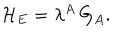
{ \cal H } _ { E } = \lambda ^ { A } \, G _ { A } .